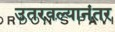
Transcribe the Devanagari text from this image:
उतरवल्यानंतर